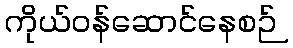
ကိုယ်ဝန်ဆောင်နေစဉ်